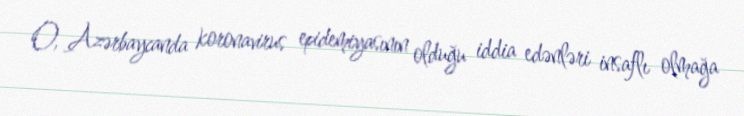
O, Azərbaycanda koronavirus epidemiyasının olduğu iddia edənləri insaflı olmağa